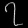
Digit: ၇